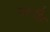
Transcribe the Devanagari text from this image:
स्टडि